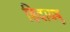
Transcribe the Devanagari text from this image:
हिदायबू